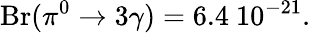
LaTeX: \displaystyle\mathrm{Br}(\pi^{0}\to 3\gamma)=6.4~10^{-21}.